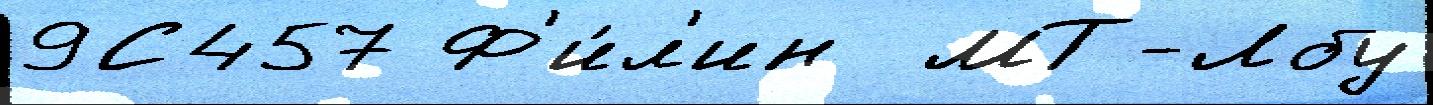
9С457 Ф'и́л'ин  МТ-Лбу